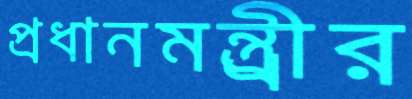
প্রধানমন্ত্র্রীর